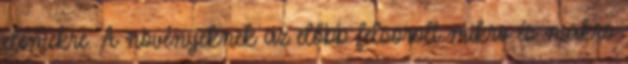
elemekre. A növényeknek az előbb felsorolt mikro és makro